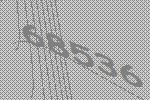
68536